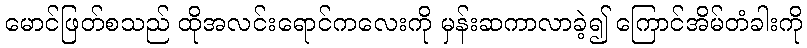
မောင်ဖြတ်စသည် ထိုအလင်းရောင်ကလေးကို မှန်းဆကာလာခဲ့၍ ကြောင်အိမ်တံခါးကို